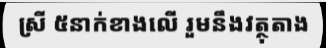
ស្រី ៥នាក់ខាងលើ រួមនឹងវត្ថុតាង